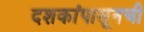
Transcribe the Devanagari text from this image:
दशकांपासूनची